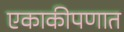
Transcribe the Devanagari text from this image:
एकाकीपणात